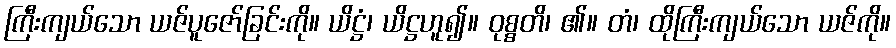
ကြီးကျယ်သော ယဇ်ပူဇော်ခြင်းကို။ ယိဋ္ဌံ၊ ယိဋ္ဌဟူ၍။ ဝုစ္စတိ၊ ၏။ တံ၊ ထိုကြီးကျယ်သော ယဇ်ကို။